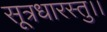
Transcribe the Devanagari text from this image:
सूत्रधारस्तु।।